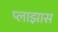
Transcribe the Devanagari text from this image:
प्लाझास